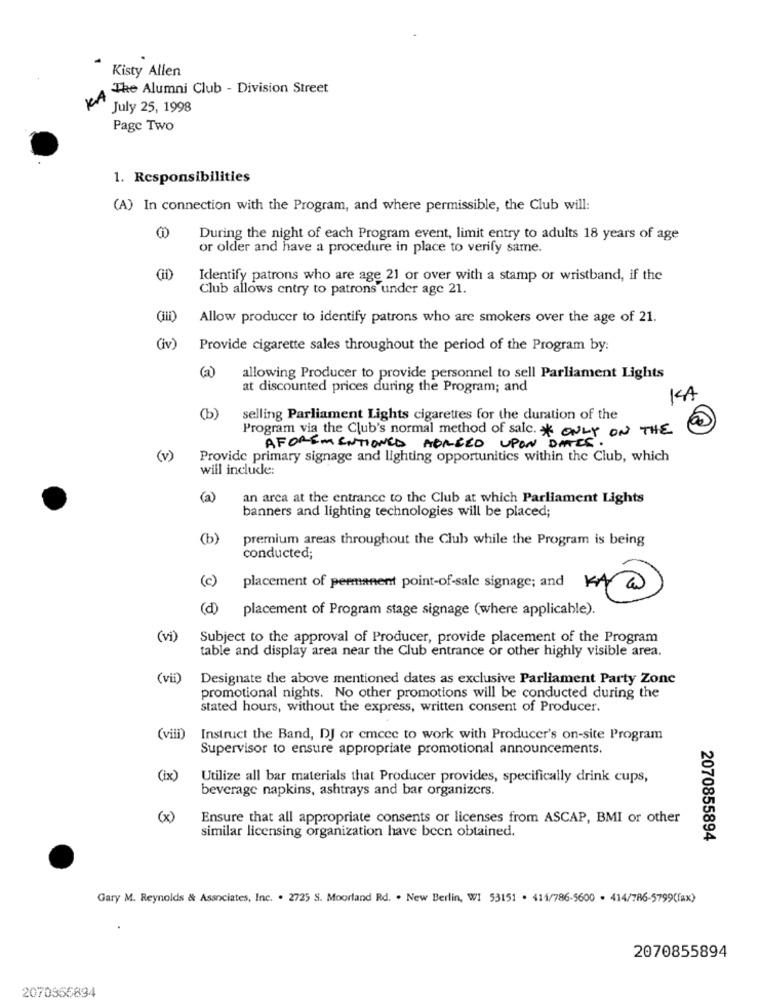
Kisty Allen
At Alumni Club - Division Street
July 25, 1998
Page Two
1. Responsibilities
(A) In connection with the Program, and where permissible, the Club will:
During the night of each Program event, limit entry to adults 18 years of age
or older and have a procedure in place to verify same.
Identify patrons who are age 21 or over with a stamp of wristband, if the
Club allows entry to patrons under age 21.
Allow producer to identify patrons who are smokers over the age of 21.
(iv)
Provide cigarette sales throughout the period of the Program by:
allowing Producer to provide personnel to sell Parliament Lights
at discounted prices during the Program; and
KA
(b)
selling Parliament Lights cigarettes for the duration of the
Program via the Club's normal method of sale. * ONLY ON THE
AFOREMENTIONED AGREED UPON DATES
(v)
Provide primary signage and lighting opportunities within the Club, which
will include:
(a)
an arca at the entrance to the Club at which Parliament Lights
banners and lighting technologies will be placed;
(b)
premium areas throughout the Club while the Program is being
conducted;
(c)
KA
placement of permanent point-of-sale signage; and
(d)
placement of Program stage signage (where applicable).
(vi)
Subject to the approval of Producer, provide placement of the Program
table and display area near the Club entrance or other highly visible area.
(vii)
Designate the above mentioned dates as exclusive Parliament Party Zone
promotional nights. No other promotions will be conducted during the
stated hours, without the express, written consent of Producer.
(viii)
Instruct the Band, DJ or emcce to work with Producer's on-site Program
Supervisor to ensure appropriate promotional announcements.
(ix)
Utilize all bar materials that Producer provides, specifically drink cups,
beverage napkins, ashtrays and bar organizers.
(x)
Ensure that all appropriate consents or licenses from ASCAP, BMI or other
similar licensing organization have been obtained.
2070855894
Gary M. Reynolds & Associates, Inc. . 2725 S. Moorland Rd. . New Berlin, WI 53151 . 414/786-5600 . 414/786-5799(fax)
2070855894
2070856894